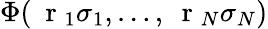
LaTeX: \Phi(\mathrm{~\mathbf~r~}_{1}\sigma_{1},\dots,\mathrm{~\mathbf~r~}_{N}\sigma_{N})